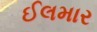
ઈલમાર